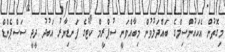
މިގޮތުން އެކައުންސިލްގެ ބައްދަލުވުން މިބާއްވަނީ ސުޕްރީމް ކޯޓުގެ ފަނޑިޔާރު އަބުދު ދީދީ ސަސްޕެންޑް